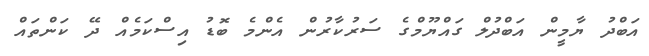
އަބްދު ޔާމީން އަބްދުލް ގައްޔޫމްގެ ސަރުކާރުން އެންމެ ބޮޑު އިސްކަމެއް ދޭ ކަންތައް